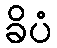
ခိပံ